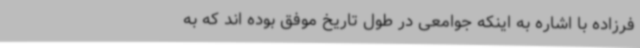
فرزاده با اشاره به اینکه جوامعی در طول تاریخ موفق بوده اند که به